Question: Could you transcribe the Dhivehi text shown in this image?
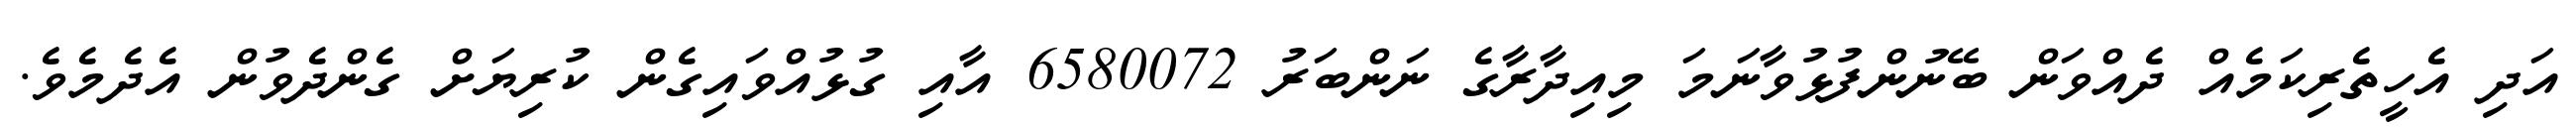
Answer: އަދި އެހީތެރިކަމެއް ދެއްވަން ބޭނުންފުޅުވާނަމަ މިއިދާރާގެ ނަންބަރު 6580072 އާއި ގުޅުއްވައިގެން ކުރިޔަށް ގެންދެވުން އެދެމެވެ.